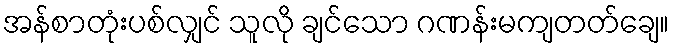
အန်စာတုံးပစ်လျှင် သူလို ချင်သော ဂဏန်းမကျတတ်ချေ။